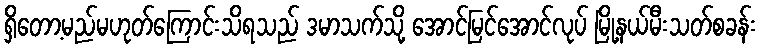
ရှိတော့မည်မဟုတ်ကြောင်းသိရသည် ဒမာသက်သို့ အောင်မြင်အောင်လုပ် မြို့နယ်မီးသတ်စခန်း